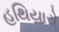
હથિયારો